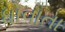
ધોવાતા